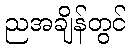
ညအချိန်တွင်